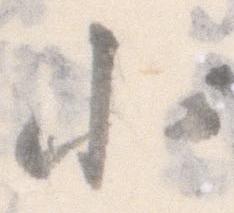
小